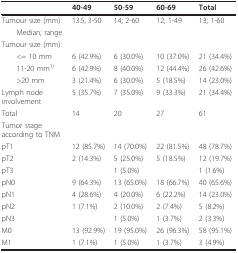
<table><thead><tr><td></td><td><b>40-49</b></td><td><b>50-59</b></td><td><b>60-69</b></td><td><b>Total</b></td></tr></thead><tbody><tr><td>Tumour size (mm):</td><td>13.5; 3-50</td><td>14; 2-60</td><td>12; 1-49</td><td>13; 1-60</td></tr><tr><td> Median; range</td><td></td><td></td><td></td><td></td></tr><tr><td>Tumour size (mm):</td><td></td><td></td><td></td><td></td></tr><tr><td> &lt;= 10 mm</td><td>6 (42.9%)</td><td>6 (30.0%)</td><td>10 (37.0%)</td><td>21 (34.4%)</td></tr><tr><td> 11-20 mm<sup>1)</sup></td><td>6 (42.9%)</td><td>8 (40.0%)</td><td>12 (44.4%)</td><td>26 (42.6%)</td></tr><tr><td> &gt;20 mm</td><td>3 (21.4%)</td><td>6 (30.0%)</td><td>5 (18.5%)</td><td>14 (23.0%)</td></tr><tr><td>Lymph node involvement</td><td>5 (35.7%)</td><td>7 (35.0%)</td><td>9 (33.3%)</td><td>21 (34.4%)</td></tr><tr><td>Total</td><td>14</td><td>20</td><td>27</td><td>61</td></tr><tr><td>Tumor stage according to TNM</td><td></td><td></td><td></td><td></td></tr><tr><td>pT1</td><td>12 (85.7%)</td><td>14 (70.0%)</td><td>22 (81.5%)</td><td>48 (78.7%)</td></tr><tr><td>pT2</td><td>2 (14.3%)</td><td>5 (25.0%)</td><td>5 (18.5%)</td><td>12 (19.7%)</td></tr><tr><td>pT3</td><td></td><td>1 (5.0%)</td><td></td><td>1 (1.6%)</td></tr><tr><td>pN0</td><td>9 (64.3%)</td><td>13 (65.0%)</td><td>18 (66.7%)</td><td>40 (65.6%)</td></tr><tr><td>pN1</td><td>4 (28.6%)</td><td>4 (20.0%)</td><td>6 (22.2%)</td><td>14 (23.0%)</td></tr><tr><td>pN2</td><td>1 (7.1%)</td><td>2 (10.0%)</td><td>2 (7.4%)</td><td>5 (8.2%)</td></tr><tr><td>pN3</td><td></td><td>1 (5.0%)</td><td>1 (3.7%)</td><td>2 (3.3%)</td></tr><tr><td>M0</td><td>13 (92.9%)</td><td>19 (95.0%)</td><td>26 (96.3%)</td><td>58 (95.1%)</td></tr><tr><td>M1</td><td>1 (7.1%)</td><td>1 (5.0%)</td><td>1 (3.7%)</td><td>3 (4.9%)</td></tr></tbody></table>